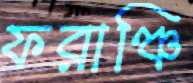
ফরাঞ্চি